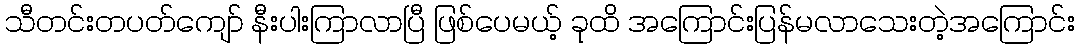
သီတင်းတပတ်ကျော် နီးပါးကြာလာပြီ ဖြစ်ပေမယ့် ခုထိ အကြောင်းပြန်မလာသေးတဲ့အကြောင်း